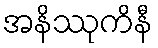
အနိဿုကိနီ